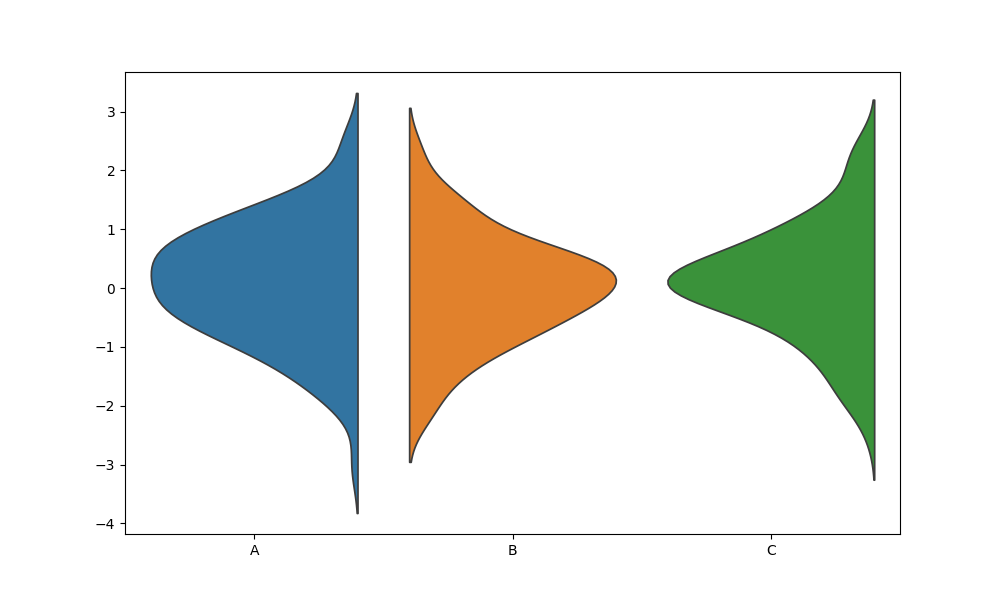
python, seaborn, violinplot, scale='width', split='True', inner='None', fill='True'